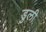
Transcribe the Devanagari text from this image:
डुली